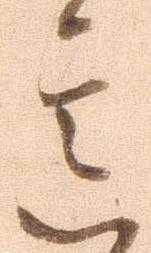
意